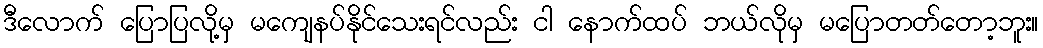
ဒီလောက် ပြောပြလို့မှ မကျေနပ်နိုင်သေးရင်လည်း ငါ နောက်ထပ် ဘယ်လိုမှ မပြောတတ်တော့ဘူး။